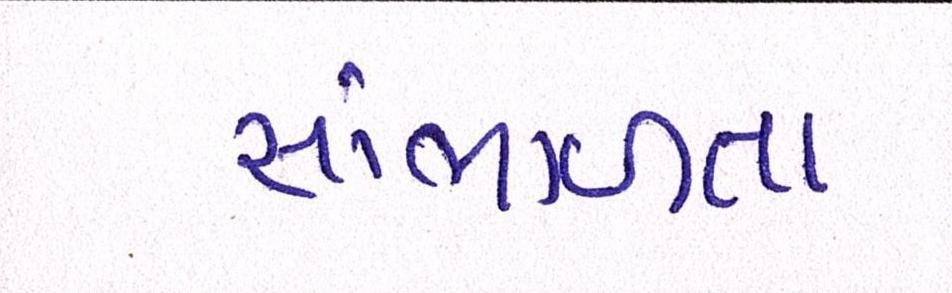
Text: સંભાળતા